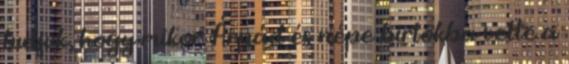
tudjuk, hogy mikor Árpád és népe birtokba vette a